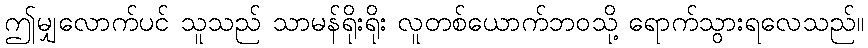
ဤမျှလောက်ပင် သူသည် သာမန်ရိုးရိုး လူတစ်ယောက်ဘဝသို့ ရောက်သွားရလေသည်။